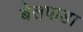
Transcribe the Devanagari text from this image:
बेलपाडा